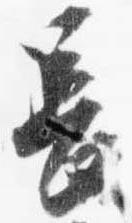
長